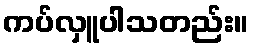
ကပ်လှူပါသတည်း။